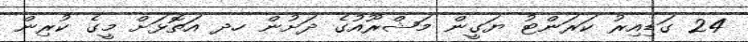
24 ގަޑިއިރު ކަރަންޓު ޔަގީން މަޝްރޫއުގެ ދަށުން ހދ އަތޮޅަށް މީގެ ކުރިން